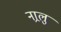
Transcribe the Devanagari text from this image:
नार्‍लु